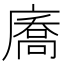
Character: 㢗